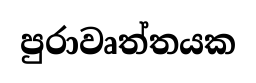
පුරාවෘත්තයක